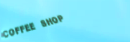
Coffee Shop